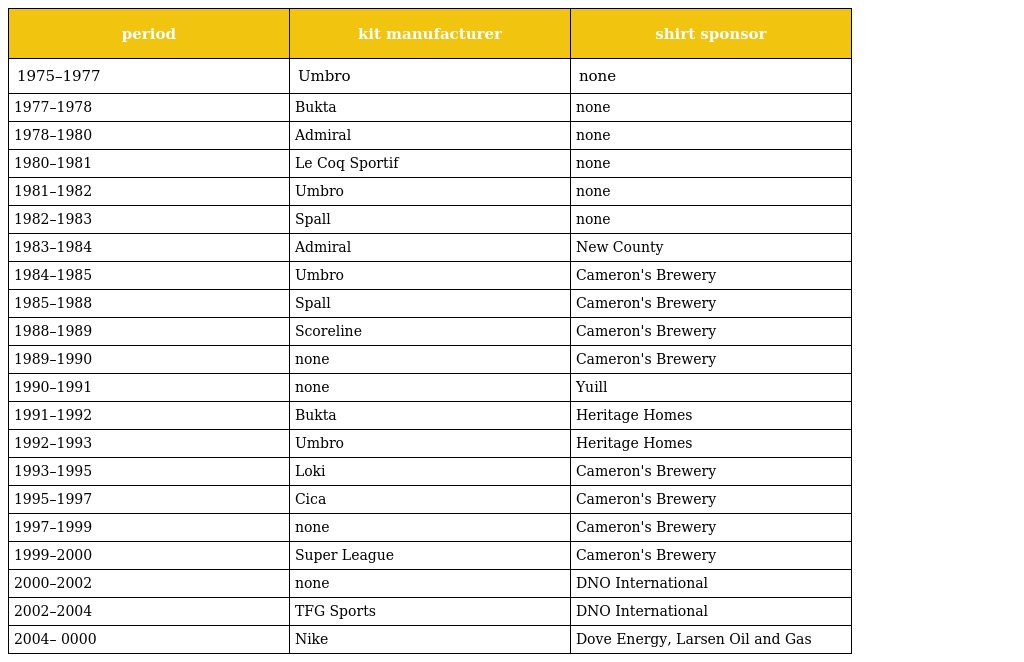
| period | kit manufacturer | shirt sponsor |
 | --- | --- | --- |
 | 1975–1977 | Umbro | none |
 | 1977–1978 | Bukta | none |
 | 1978–1980 | Admiral | none |
 | 1980–1981 | Le Coq Sportif | none |
 | 1981–1982 | Umbro | none |
 | 1982–1983 | Spall | none |
 | 1983–1984 | Admiral | New County |
 | 1984–1985 | Umbro | Cameron's Brewery |
 | 1985–1988 | Spall | Cameron's Brewery |
 | 1988–1989 | Scoreline | Cameron's Brewery |
 | 1989–1990 | none | Cameron's Brewery |
 | 1990–1991 | none | Yuill |
 | 1991–1992 | Bukta | Heritage Homes |
 | 1992–1993 | Umbro | Heritage Homes |
 | 1993–1995 | Loki | Cameron's Brewery |
 | 1995–1997 | Cica | Cameron's Brewery |
 | 1997–1999 | none | Cameron's Brewery |
 | 1999–2000 | Super League | Cameron's Brewery |
 | 2000–2002 | none | DNO International |
 | 2002–2004 | TFG Sports | DNO International |
 | 2004– 0000 | Nike | Dove Energy, Larsen Oil and Gas |